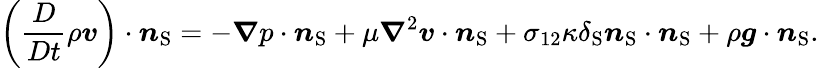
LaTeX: \left(\frac{D}{Dt}\rho\boldsymbol{v}\right)\cdot\boldsymbol{n}_{\mathrm{{S}}}=-\boldsymbol{\nabla}p\cdot\boldsymbol{n}_{\mathrm{S}}+\mu\boldsymbol{\nabla}^{2}\boldsymbol{v}\cdot\boldsymbol{n}_{\mathrm{{S}}}+\sigma_{12}\kappa\delta_{\mathrm{S}}\boldsymbol{n}_{\mathrm{{S}}}\cdot\boldsymbol{n}_{\mathrm{S}}+\rho\boldsymbol{g}\cdot\boldsymbol{n}_{\mathrm{{S}}}.